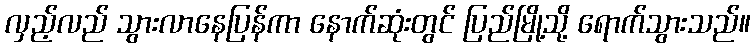
လှည့်လည် သွားလာနေပြန်ကာ နောက်ဆုံးတွင် ပြည်မြို့သို့ ရောက်သွားသည်။